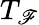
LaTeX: T_{\mathscr{F}}